Annual returns of the Patna Lunatic Asylum at Bankipore in Bihar and Orissa - 1912-1924
Year: 1912
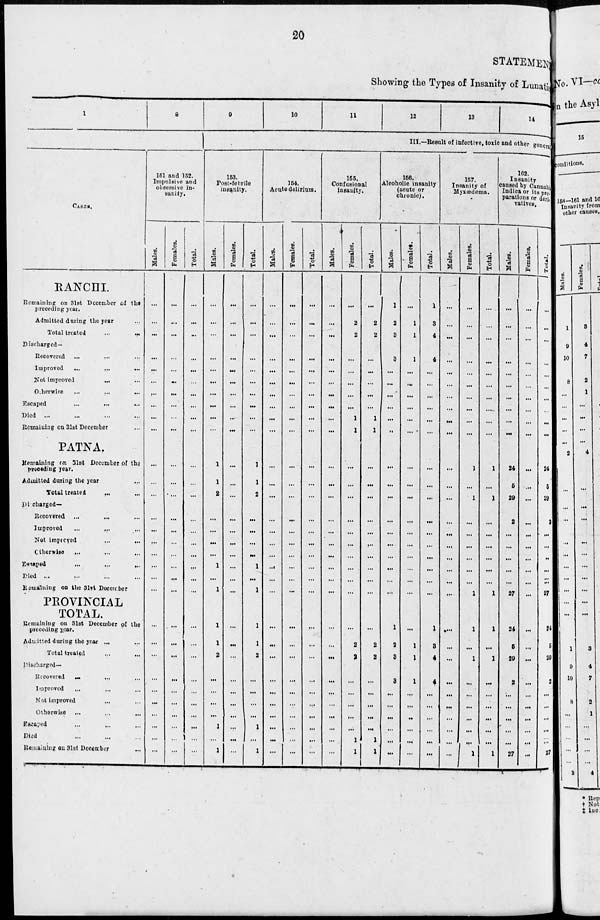
20
STATEMENT
Showing the Types of Insanity of Lunatic
1
8
CASES.
RANCHI.
Remaining on 31st December of the
preceding year.
Admitted during the year ...
Total treated
...
...
Discharged—
Recovered ... ... ...
Improved
...
...
...
Not improved
... ...
Otherwise
...
...
...
Escaped
...
...
...
Died ... ... ... ...
Remaining on 31st December ...
PATNA.
Remaining on 31st December of the
preceding year.
Admitted during the year ...
Total treated ... ...
Discharged—
Recovered ... ... ...
Improved
...
... ...
Not improved
...
...
Otherwise
... ... ...
Escaped
...
...
...
Died ... ... ... ...
Remaining on the 31st December
PROVINCIAL
TOTAL.
Remaining on 31st December of the
preceding year.
Admitted during the year ... ...
Total treated ... ...
Discharged—
Recovered ... ... ...
Improved ... ... ...
Not improved ... ... ...
Otherwise ... ... ...
Escaped ... ... ...
Died ... ... ...
Remaining on 31st December
...
151 and 152.
Impulsive and
obsessive in-
sanity.
Males.
...
...
...
...
...
...
...
...
...
...
...
...
...
...
...
...
...
...
...
...
...
...
...
...
...
...
...
...
...
...
Females.
...
...
...
...
...
...
...
...
...
...
...
...
...
...
...
...
...
...
...
...
...
...
...
...
...
...
...
...
...
...
Total.
...
...
...
...
...
...
...
...
...
...
...
...
...
...
...
...
...
...
...
...
...
...
...
...
...
...
...
...
...
...
9
10
11
12
13
14
III.—Result of infective, toxic and other general
153.
Post-febrile
insanity.
Males.
...
...
...
...
...
...
...
...
...
...
1
1
2
...
...
...
...
1
...
1
1
1
2
...
...
...
...
1
...
1
Females.
...
...
...
...
...
...
...
...
...
...
...
...
...
...
...
...
...
...
...
...
...
...
...
...
...
...
...
...
...
...
Total.
...
...
...
...
...
...
...
...
...
...
1
1
2
...
...
...
...
1
...
1
1
1
2
...
...
...
...
1
...
1
154.
Acute delirium.
Males.
...
...
...
...
...
...
...
...
...
...
...
...
...
...
...
...
...
...
...
...
...
...
...
...
...
...
...
...
...
...
Females.
...
...
...
...
...
...
...
...
...
...
...
...
...
...
...
...
...
...
...
...
...
...
...
...
...
...
...
...
...
...
Total.
...
...
...
...
...
...
...
...
...
...
...
...
...
...
...
...
...
...
...
...
...
...
...
...
...
...
...
...
...
...
155.
Confusional
insanity.
Males.
...
...
...
...
...
...
...
...
...
...
...
...
...
...
...
...
...
...
...
...
...
...
...
...
...
...
...
...
...
...
Females.
...
2
2
...
...
...
...
...
1
1
...
...
...
...
...
...
...
...
...
...
...
2
2
...
...
...
...
...
1
1
Total.
...
2
2
...
...
...
...
...
1
1
...
...
...
...
...
...
...
...
...
...
...
2
2
...
...
...
...
...
1
1
156.
Alcoholio insanity
(acute or
chronic).
Males.
1
2
3
3
...
...
...
...
...
...
...
...
...
...
...
...
...
...
...
...
1
2
3
3
...
...
...
...
...
...
Female.
...
1
1
1
...
...
...
...
...
...
...
...
...
...
...
...
...
...
...
...
...
1
1
1
...
...
..
...
...
...
Total.
1
3
4
4
...
...
...
...
...
...
...
...
...
...
...
...
...
...
...
...
1
3
4
4
...
...
...
...
...
...
157.
Insanity of
Myxœdema.
Males.
...
...
...
...
...
...
...
...
...
...
...
...
...
...
...
...
...
...
...
...
...
...
...
...
...
...
...
...
...
...
Females.
...
...
...
...
...
...
...
...
...
...
1
...
1
...
...
...
...
...
...
1
1
...
1
...
...
...
...
...
...
1
Total.
...
...
...
...
...
...
...
...
...
...
1
...
1
...
...
...
...
...
...
1
1
...
1
...
...
...
...
...
...
1
162.
Insanity
caused by Cannabis
Indica or its pre-
parations or deri-
vatives.
Males.
...
...
...
...
...
...
...
...
...
...
24
5
29
2
...
...
...
...
...
27
24
5
29
2
...
...
...
...
...
27
Females.
...
...
...
...
...
...
...
...
...
...
...
...
...
...
...
...
...
...
...
...
...
...
...
...
...
...
...
...
...
...
Total.
...
...
...
...
...
...
...
...
...
...
24
5
29
2
...
...
..
...
...
27
24
5
29
2
...
...
...
...
...
27